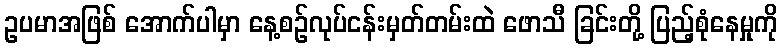
ဥပမာအဖြစ် အောက်ပါမှာ နေ့စဉ်လုပ်ငန်းမှတ်တမ်းထဲ ဖောသီ ခြင်းတို့ ပြည့်စုံနေမှုကို